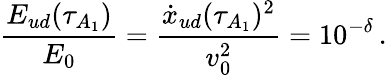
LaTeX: \frac{E_{ud}(\tau_{A_{1}})}{E_{0}}=\frac{\dot{x}_{ud}(\tau_{A_{1}})^{2}}{v_{0}^{2}}=10^{-\delta}\, .